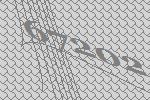
67202